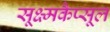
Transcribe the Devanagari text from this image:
सूक्ष्मकैप्सूल